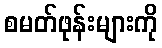
စမတ်ဖုန်းများကို